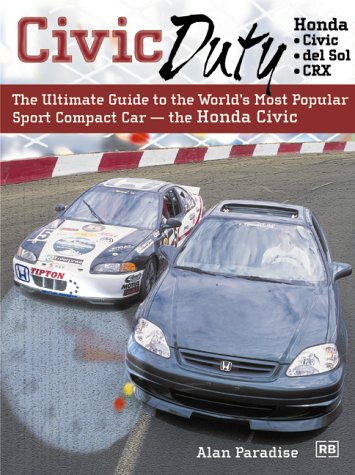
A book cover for Civic Duty: The Ultimate Guide to the World's Most Popular Sport Compact Car - the Honda Civic; Alan Paradise; Engineering & Transportation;